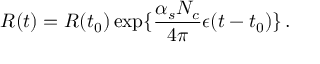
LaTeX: R ( t ) = R ( t _ { 0 } ) \exp \{ { \frac { \alpha _ { s } N _ { c } } { 4 \pi } } \epsilon ( t - t _ { 0 } ) \} \, .